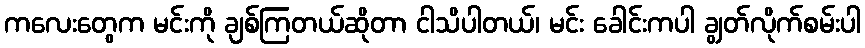
ကလေးတွေက မင်းကို ချစ်ကြတယ်ဆိုတာ ငါသိပါတယ်၊ မင်း ခေါင်းကပါ ချွတ်လိုက်စမ်းပါ